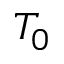
T _ { 0 }